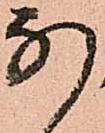
な